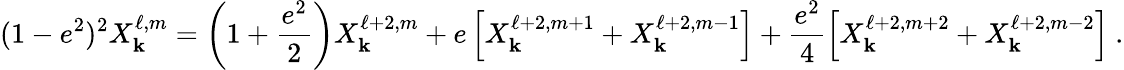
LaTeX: (1-e^{2})^{2}X_{\mathbf{k}}^{\ell,m}=\left(1+\frac{{e^{2}}}{{2}}\right)X_{\mathbf{k}}^{\ell+2,m}+e\left[X_{\mathbf{k}}^{\ell+2,m+1}+X_{\mathbf{k}}^{\ell+2,m-1}\right]+\frac{{e^{2}}}{{4}}\left[X_{\mathbf{k}}^{\ell+2,m+2}+X_{\mathbf{k}}^{\ell+2,m-2}\right]\ .